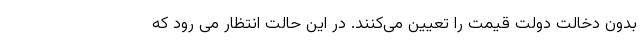
بدون دخالت دولت قیمت را تعیین می‌کنند. در این حالت انتظار می رود که